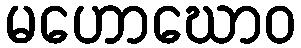
မဟောဃောဝ